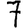
Digit: 7